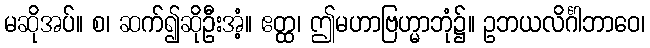
မဆိုအပ်။ စ၊ ဆက်၍ဆိုဦးအံ့။ ဧတ္ထ၊ ဤမဟာဗြဟ္မာဘုံ၌။ ဥဘယလိင်္ဂါဘာဝေ၊